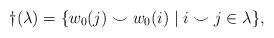
LaTeX: \begin{align*}\dag(\lambda)=\{w_0(j)\smile w_0(i) \mid i\smile j\in \lambda\},\end{align*}